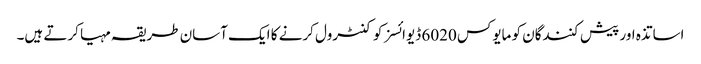
اساتذہ اور پیش کنندگان کو مایوکس 6020 ڈیوائسز کو کنٹرول کرنے کا ایک آسان طریقہ مہیا کرتے ہیں۔